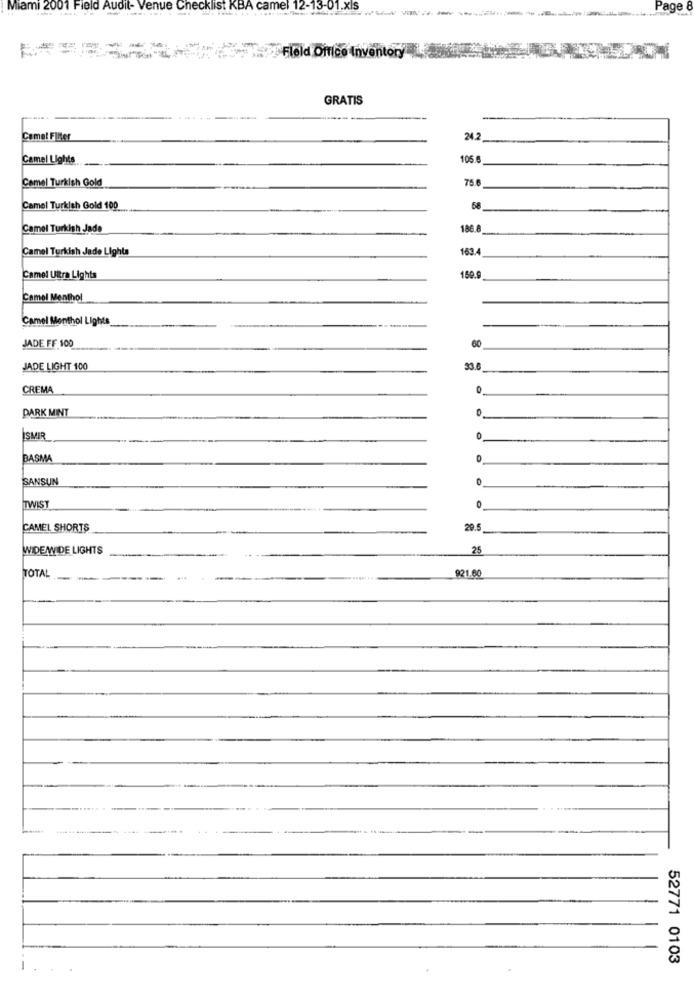
Miami 2001 Field Audit- Venue Checklist KBA camel 12-13-01.xls
----------
Page
- -
Fleld Difice Inventory
GRATIS
Comet Filter
24.2
Camel Lights
105
Camel Turkish Gold
75.6
Camel Turkish Gold 100
Camel Turkish Jade
186.8
Camel Turkish Jade Lights
163.4
Camel Ukra Lights
159.9
Camel Menthol
Camel Menthol Lights
JADE FF 100
JADE LIGHT 100
33.6
CREMA
DARK MINT
ISMIR
0
BASMA
SANSUN
TWIST
CAMEL SHORTS
29.5
WIDEAVIDE LIGHTS
25
TOTAL
921.60
52771 0103